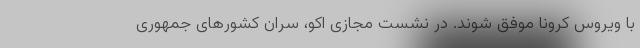
با ویروس کرونا موفق شوند. در نشست مجازی اکو، سران کشورهای جمهوری